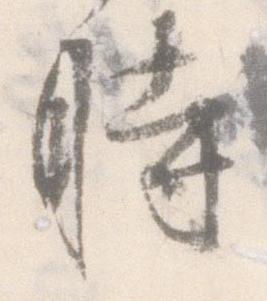
時